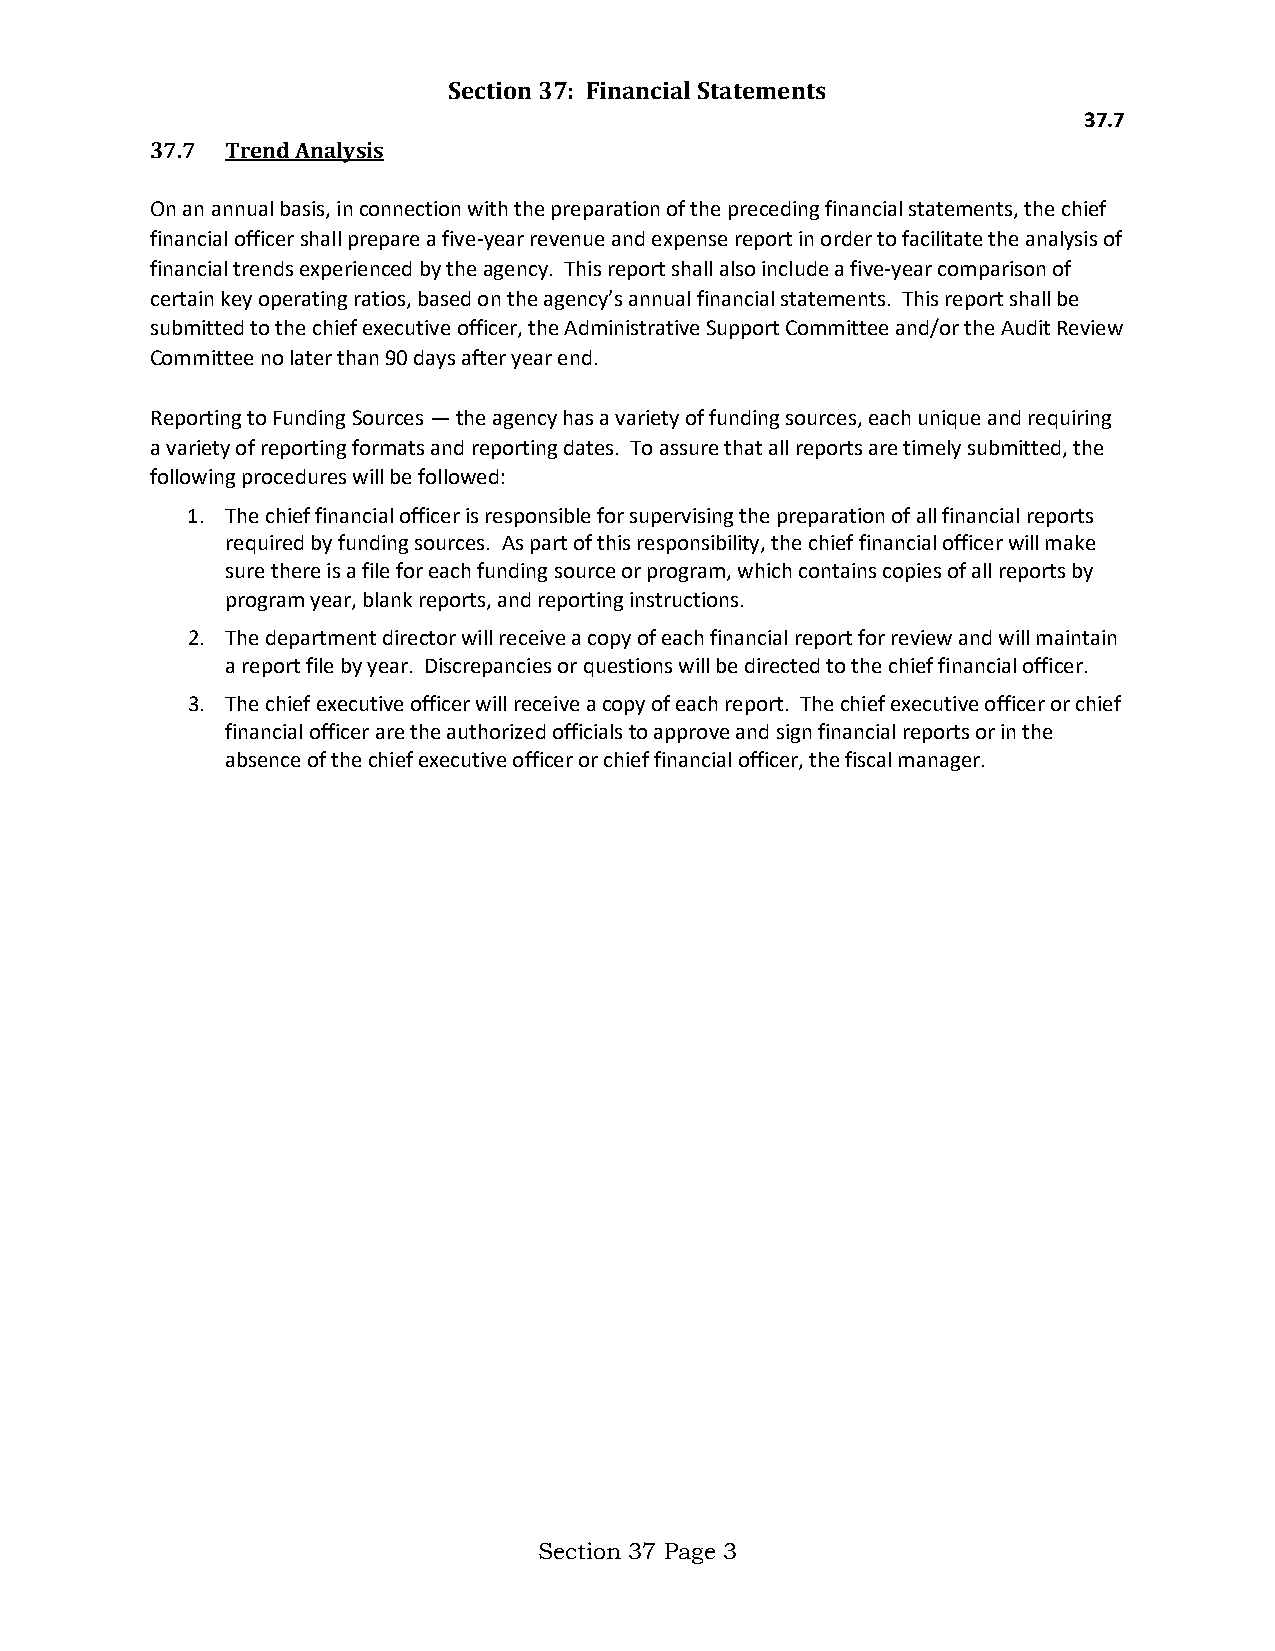
Section 37: Financial Statements
 37.7
 37.7 Trend Analysis
 On an annual basis, in connection with the preparation of the preceding financial statements, the chief
 financial officer shall prepare a five-year revenue and expense report in order to facilitate the analysis of
 financial trends experienced by the agency. This report shall also include a five-year comparison of
 certain key operating ratios, based on the agency’s annual financial statements. This report shall be
 submitted to the chief executive officer, the Administrative Support Committee and/or the Audit Review
 Committee no later than 90 days after year end.
 Reporting to Funding Sources — the agency has a variety of funding sources, each unique and requiring
 a variety of reporting formats and reporting dates. To assure that all reports are timely submitted, the
 following procedures will be followed:
 1. The chief financial officer is responsible for supervising the preparation of all financial reports
 required by funding sources. As part of this responsibility, the chief financial officer will make
 sure there is a file for each funding source or program, which contains copies of all reports by
 program year, blank reports, and reporting instructions.
 2. The department director will receive a copy of each financial report for review and will maintain
 a report file by year. Discrepancies or questions will be directed to the chief financial officer.
 3. The chief executive officer will receive a copy of each report. The chief executive officer or chief
 financial officer are the authorized officials to approve and sign financial reports or in the
 absence of the chief executive officer or chief financial officer, the fiscal manager.
 Section 37 Page 3